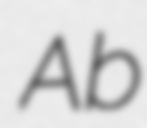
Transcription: Ab